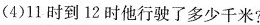
(4)11时到12时他行驶了多少千米?